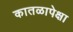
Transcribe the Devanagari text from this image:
कातळापेक्षा